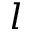
l